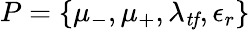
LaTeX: P=\{ \mu_{-},\mu_{+},\lambda_{\mathit{tf}},\epsilon_{r}\}